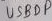
Text: USBDP